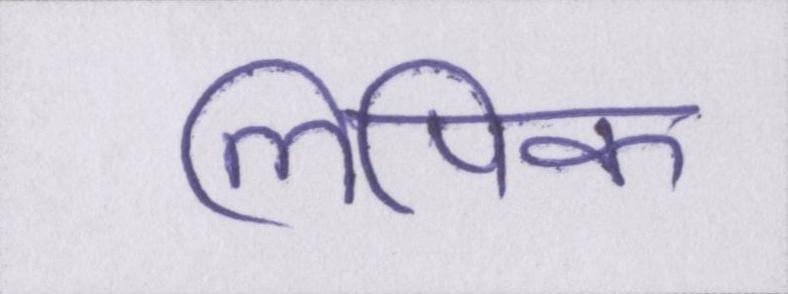
लिपिक